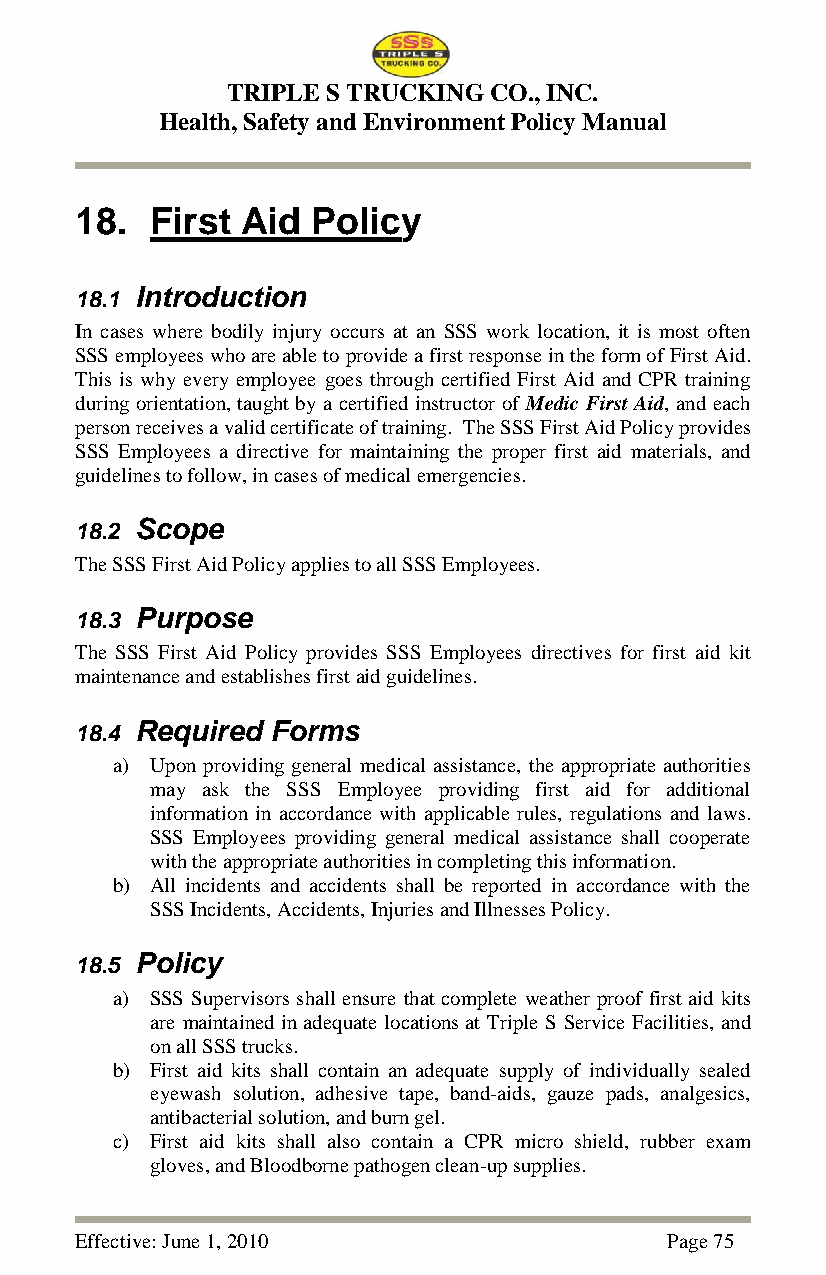
TRIPLE S TRUCKING CO., INC.
 Health, Safety and Environment Policy Manual
 18.  First Aid  Policy
 18.1 Introduction
 In cases where bodily injury occurs at an SSS work location, it is most often
 SSS employees who are able to provide a first response in the form of First Aid.
 This is why every employee goes through certified First Aid and CPR training
 during orientation, taught by a certified instructor of Medic First Aid, and each
 person receives a valid certificate of training. The SSS First Aid Policy provides
 SSS Employees a directive for maintaining the proper first aid materials, and
 guidelines to follow, in cases of medical emergencies.
 18.2 Scope
 The SSS First Aid Policy applies to all SSS Employees.
 18.3 Purpose
 The SSS First Aid Policy provides SSS Employees directives for first aid kit
 maintenance and establishes first aid guidelines.
 18.4 Required Forms
 a) Upon providing general medical assistance, the appropriate authorities
 may ask the SSS Employee providing first aid for additional
 information in accordance with applicable rules, regulations and laws.
 SSS Employees providing general medical assistance shall cooperate
 with the appropriate authorities in completing this information.
 b) All incidents and accidents shall be reported in accordance with the
 SSS Incidents, Accidents, Injuries and Illnesses Policy.
 18.5 Policy
 a) SSS Supervisors shall ensure that complete weather proof first aid kits
 are maintained in adequate locations at Triple S Service Facilities, and
 on all SSS trucks.
 b) First aid kits shall contain an adequate supply of individually sealed
 eyewash solution, adhesive tape, band-aids, gauze pads, analgesics,
 antibacterial solution, and burn gel.
 c) First aid kits shall also contain a CPR micro shield, rubber exam
 gloves, and Bloodborne pathogen clean-up supplies.
 Effective: June 1, 2010                Page 75